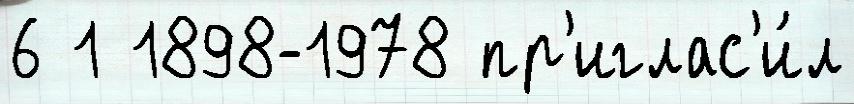
6 1 1898-1978 пр'иглас'и́л